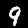
Label: 9